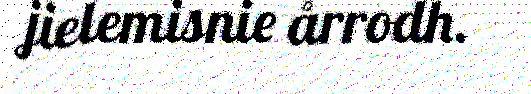
jielemisnie årrodh.